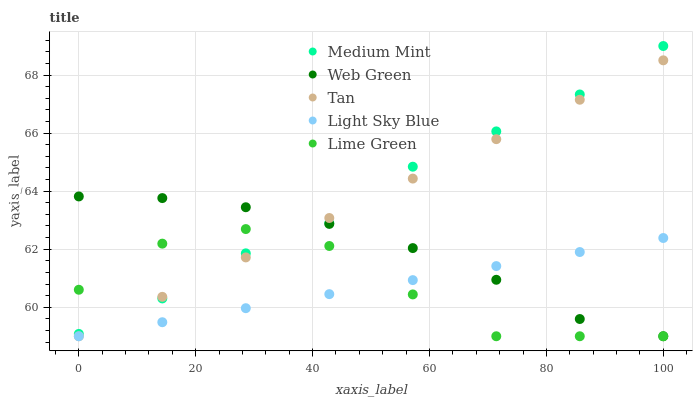
| xaxis_label | Medium Mint | Web Green | Tan | Light Sky Blue | Lime Green |
 | --- | --- | --- | --- | --- | --- |
 | 0 | 59.1 | 63.8 | 59 | 59 | 60.6 |
 | 14.3 | 60.3 | 63.8 | 60.4 | 59.5 | 62.2 |
 | 28.6 | 61.9 | 63.4 | 61.7 | 60 | 62.7 |
 | 42.9 | 62.9 | 62.9 | 63.1 | 60.5 | 62.1 |
 | 57.1 | 64.8 | 62 | 64.4 | 60.9 | 60.4 |
 | 71.4 | 66.1 | 60.9 | 65.8 | 61.4 | 59 |
 | 85.7 | 67.3 | 59.6 | 67.1 | 61.9 | 59 |
 | 100 | 69 | 59 | 68.5 | 62.4 | 59 |